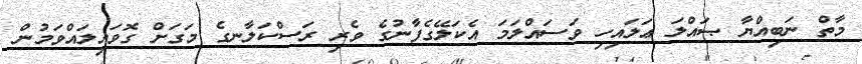
މާތް ނަބިއްޔާ ޞައްލަ ޢަލައިހި ވަސައްލަމަ އެކަލޭގެފާނުގެ ވެރި ރަސްކަލާނގެ މަގަށް ގޮވައިލައްވަމުން